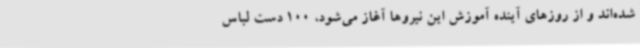
شده‌اند و از روزهای آینده آموزش این نیروها آغاز می‌شود، 100 دست لباس